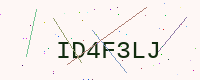
Text: ID4F3LJ